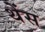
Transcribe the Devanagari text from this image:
थेंस